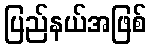
ပြည်နယ်အဖြစ်